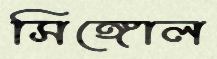
সিঙ্গোল